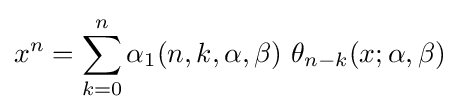
x^{n}=\sum _{k=0}^{n}\alpha _{1}(n,k,\alpha ,\beta )\ \theta _{n-k}(x;\alpha ,\beta )